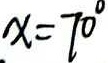
x = 7 0 ^ { \circ }